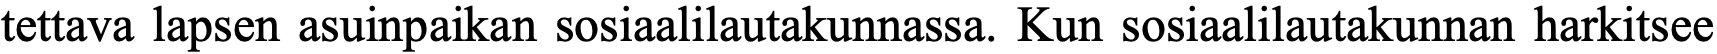
tettava lapsen asuinpaikan sosiaalilautakunnassa. Kun sosiaalilautakunnan harkitsee